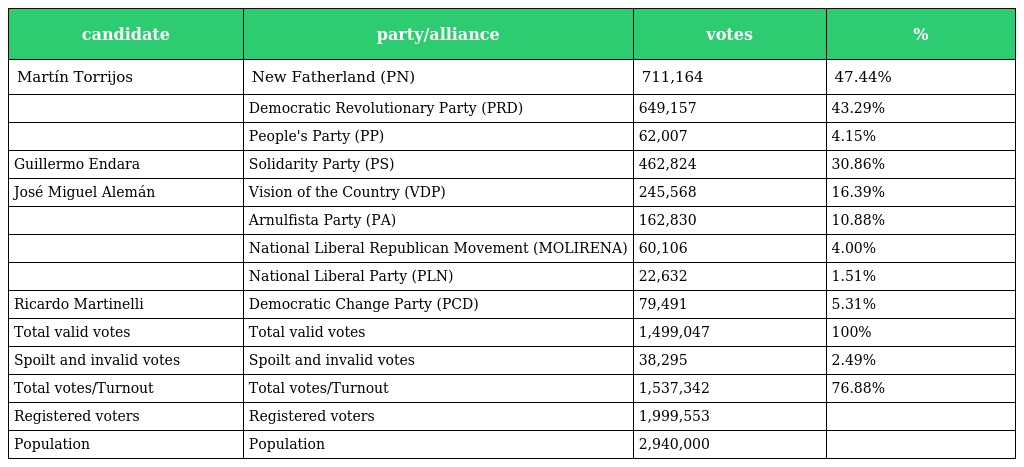
| candidate | party/alliance | votes | % |
 | --- | --- | --- | --- |
 | Martín Torrijos | New Fatherland (PN) | 711,164 | 47.44% |
 |  | Democratic Revolutionary Party (PRD) | 649,157 | 43.29% |
 |  | People's Party (PP) | 62,007 | 4.15% |
 | Guillermo Endara | Solidarity Party (PS) | 462,824 | 30.86% |
 | José Miguel Alemán | Vision of the Country (VDP) | 245,568 | 16.39% |
 |  | Arnulfista Party (PA) | 162,830 | 10.88% |
 |  | National Liberal Republican Movement (MOLIRENA) | 60,106 | 4.00% |
 |  | National Liberal Party (PLN) | 22,632 | 1.51% |
 | Ricardo Martinelli | Democratic Change Party (PCD) | 79,491 | 5.31% |
 | Total valid votes | Total valid votes | 1,499,047 | 100% |
 | Spoilt and invalid votes | Spoilt and invalid votes | 38,295 | 2.49% |
 | Total votes/Turnout | Total votes/Turnout | 1,537,342 | 76.88% |
 | Registered voters | Registered voters | 1,999,553 |  |
 | Population | Population | 2,940,000 |  |